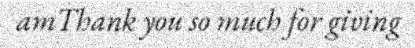
amThank you so much for giving